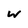
Character: w